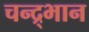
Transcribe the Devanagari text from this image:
चन्द्र्भान